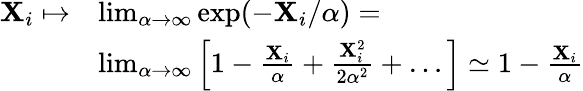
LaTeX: \begin{array}{rl}{\mathbf{X}_{i}\mapsto}&{\operatorname*{lim}_{\alpha\to\infty}\mathrm{exp}(-\mathbf{X}_{i}/\alpha)=}\\ &{\operatorname*{lim}_{\alpha\to\infty}\Big[1-\frac{\mathbf{X}_{i}}{\alpha}+\frac{\mathbf{X}_{i}^{2}}{2\alpha^{2}}+\dots\Big]\simeq 1-\frac{\mathbf{X}_{i}}{\alpha}}\end{array}